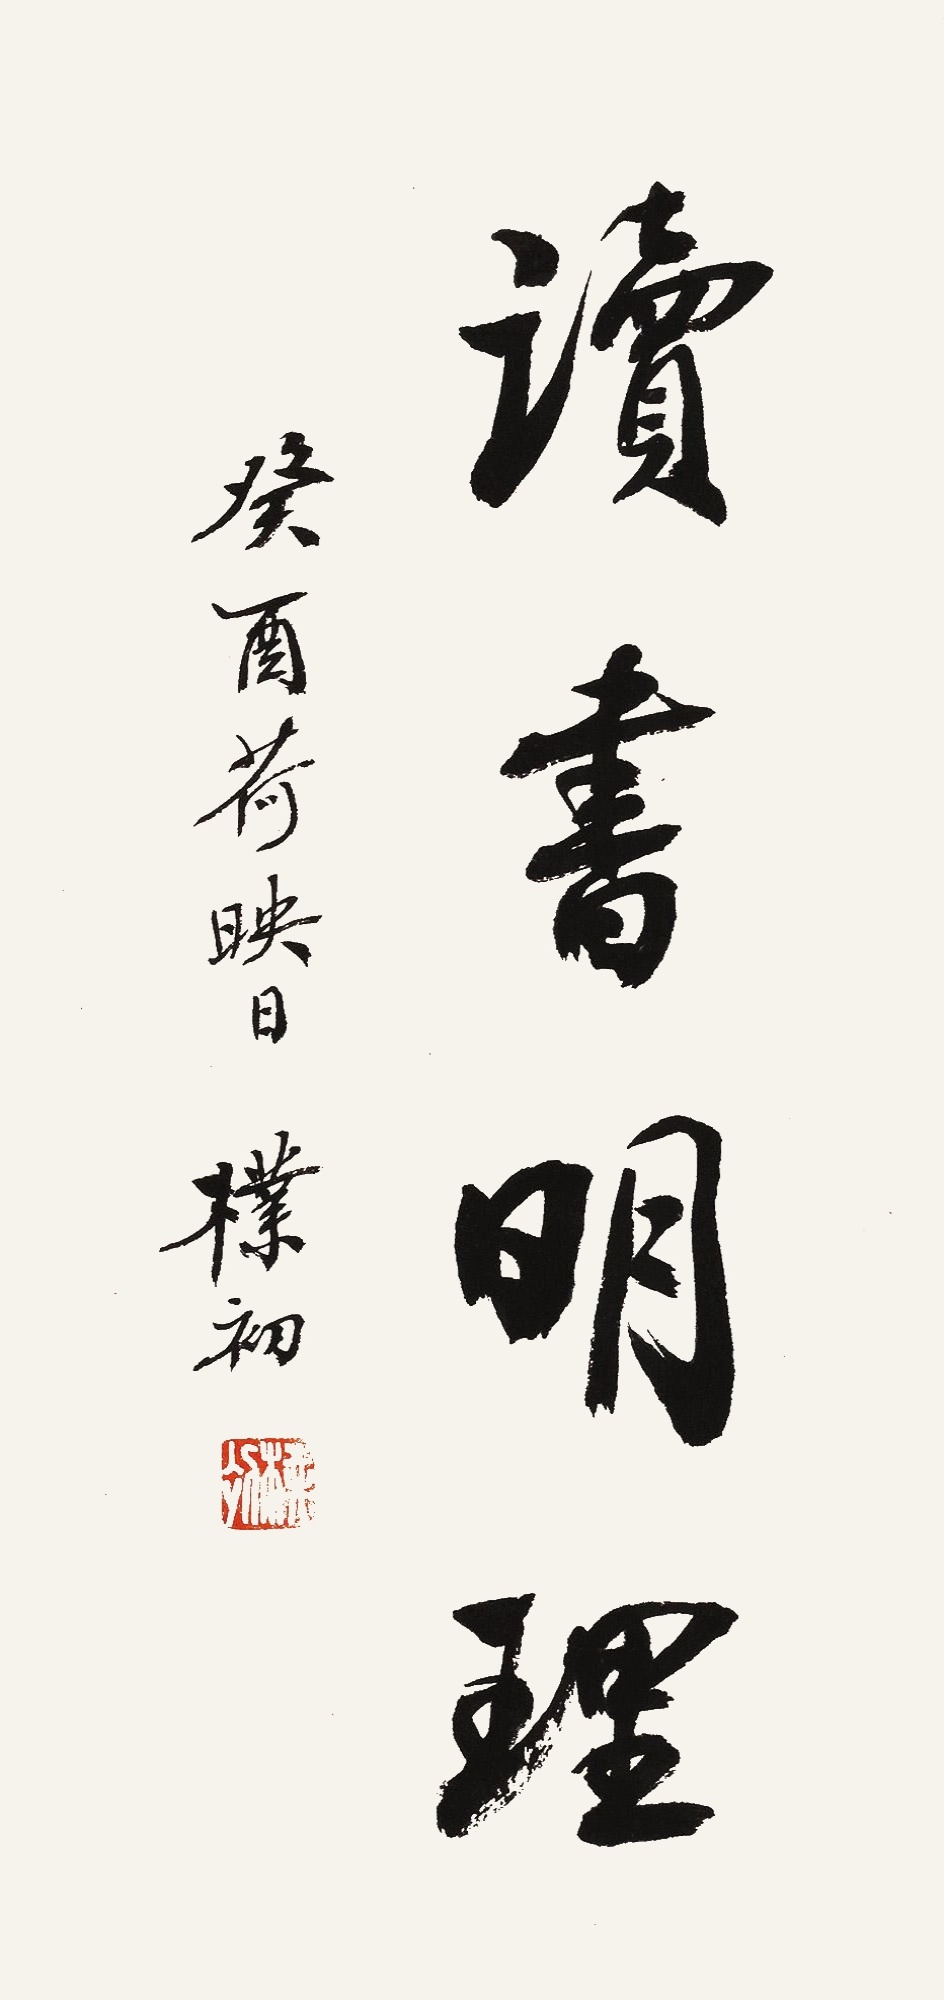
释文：读书明理。癸酉荷映日，朴初。